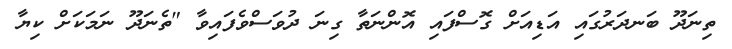
ތިނަދޫ ބަނދަރުގައި އަޑިއަށް ގޮސްފައި އޮންނަތާ ގިނަ ދުވަސްވެފައިވާ "ތެނަދޫ ނަމަކަށް ކިޔާ